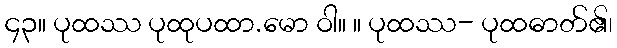
၄၃။ ပုထဿ ပုထုပထာ.မော ဝါ။ ။ ပုထဿ- ပုထဓာတ်၏၊